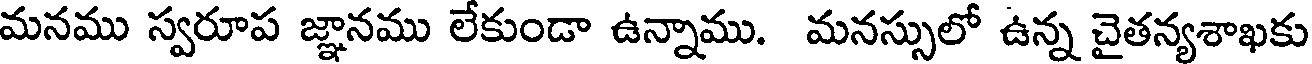
మనము స్వరూప జ్ఞానము లేకుండా ఉన్నాము. మనస్సులో ఉన్న చైతన్యశాఖకు